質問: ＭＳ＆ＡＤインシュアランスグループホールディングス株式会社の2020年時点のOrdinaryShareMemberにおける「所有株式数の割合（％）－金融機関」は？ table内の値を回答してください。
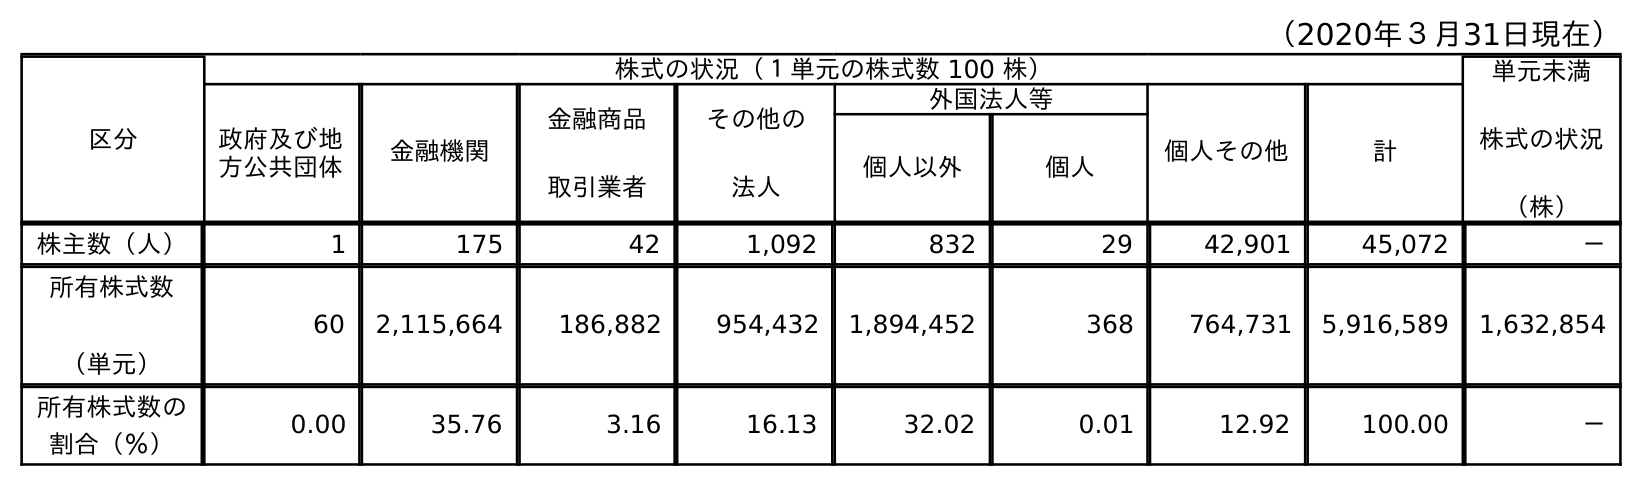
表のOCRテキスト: （2020年３月31日現在） 区分 株式の状況（１単元の株式数 100 株） 単元未満 株式の状況 （株） 政府及び地 方公共団体 金融機関 金融商品 取引業者 その他の 法人 外国法人等 個人その他 計 個人以外 個人 株主数（人） 1 175 42 1,092 832 29 42,901 45,072 － 所有株式数 （単元） 60 2,115,664 186,882 954,432 1,894,452 368 764,731 5,916,589 1,632,854 所有株式数の 割合（％） 0.00 35.76 3.16 16.13 32.02 0.01 12.92 100.00 －
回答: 35.76